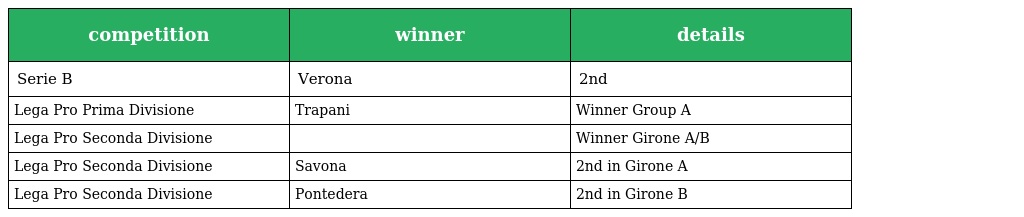
| competition | winner | details |
 | --- | --- | --- |
 | Serie B | Verona | 2nd |
 | Lega Pro Prima Divisione | Trapani | Winner Group A |
 | Lega Pro Seconda Divisione |  | Winner Girone A/B |
 | Lega Pro Seconda Divisione | Savona | 2nd in Girone A |
 | Lega Pro Seconda Divisione | Pontedera | 2nd in Girone B |